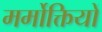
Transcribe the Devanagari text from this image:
मर्मोक्तियों